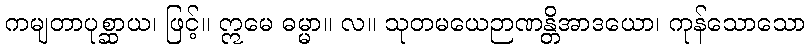
ကမျတာပုစ္ဆာယ၊ ဖြင့်။ ဣမေ ဓမ္မာ။ လ။ သုတမယေဉာဏန္တိအာဒယော၊ ကုန်သောသော